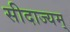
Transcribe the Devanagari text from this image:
सीदाज्यम्